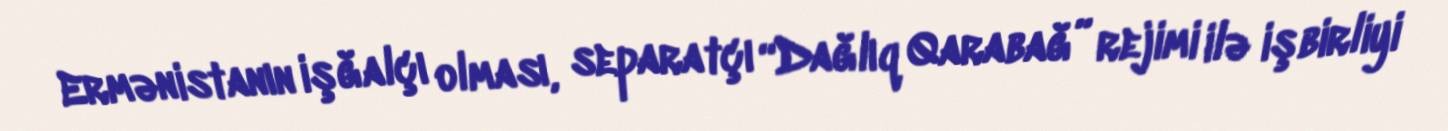
Ermənistanın işğalçı olması, separatçı “Dağlıq Qarabağ” rejimi ilə işbirliyi